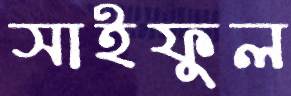
সাইফুল